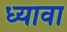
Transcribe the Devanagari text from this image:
ध्यावा